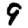
Digit: 9